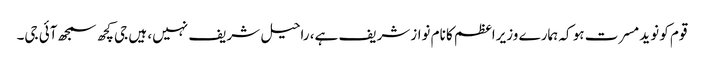
قوم کو نوید مسرت ہو کہ ہمارے وزیراعظم کا نام نوازشریف ہے، راحیل شریف نہیں، ہیں جی کچھ سمجھ آئی جی۔